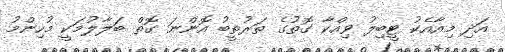
އަދި މިއާއެކު ޓީބިލު ވިއްކާ ގޮތުގެ ތަރުތީބު އޮންނަ ގޮތް ބަލާލުމަކީ މުހިންމު